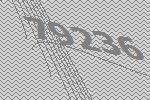
79236